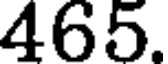
465.